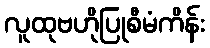
လူထုဗဟိုပြုစီမံကိန်း